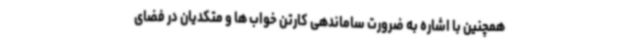
همچنین با اشاره به ضرورت ساماندهی کارتن خواب ها و متکدیان در فضای